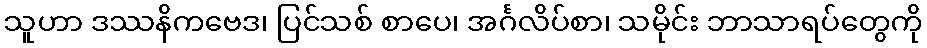
သူဟာ ဒဿနိကဗေဒ၊ ပြင်သစ် စာပေ၊ အင်္ဂလိပ်စာ၊ သမိုင်း ဘာသာရပ်တွေကို